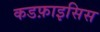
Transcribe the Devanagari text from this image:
कडफ़ाइसिस